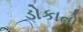
ડોકાતો